Civil Veterinary Department Bihar & Orissa reports 1911-21 - 1911-1921
Year: 1911
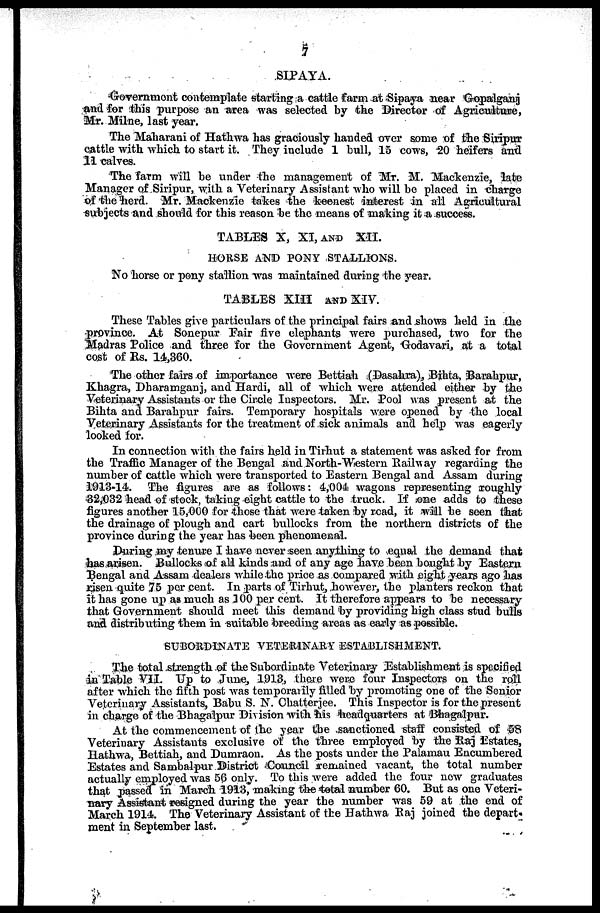
7
SIPAYA.
Government contemplate starting a cattle farm at Sipaya near Gopalganj
and for this purpose an area was selected by the Director of Agriculture,
Mr. Milne, last year.
The Maharani of Hathwa has graciously handed oyer some of the Siripur
cattle with which to start it. They include 1 hull, 15 cows, 20 heifers and
11 calves.
The farm will be under the management of Mr. M. Mackenzie, late
Manager of Siripur, with a Veterinary Assistant who will be placed in charge
of the herd. Mr. Mackenzie takes the keenest interest in all Agricultural
subjects and should for this reason be the means of making it a success.
TABLES X, XI, AND XII.
HOUSE AND PONY STALLIONS.
No horse or pony stallion was maintained during the year.
TABLES XIII AND XIV.
These Tables give particulars of the principal fairs and shows held in the
province. At Sonepur Fair five elephants were purchased, two for the
Madras Police and three for the Government Agent, Godavari, at a total
cost of Rs. 14,360.
The other fairs of importance were Bettiah (Dasahra), Bihta, Barahpur,
Khagra, Dharamganj, and Hardi, all of which were attended either by the
Veterinary Assistants or the Circle Inspectors. Mr. Pool was present at the
Bihta and Barahpur fairs. Temporary hospitals were opened by the local
Veterinary Assistants for the treatment of sick animals and help was eagerly
looked for.
In connection with the fairs held in Tirhut a statement was asked for from
the Traffic Manager of the Bengal and North-Western Railway regarding the
number of cattle which were transported to Eastern Bengal and Assam during
1913-14. The figures are as follows: 4,004 wagons representing roughly
32,032 head of stock, taking eight cattle to the truck. If one adds to these
figures another 15,000 for those that were taken by road, it will be seen that
the drainage of plough and cart bullocks from the northern districts of the
province during the year has been phenomenal.
During my tenure I have never seen anything to equal the demand that
has arisen. Bullocks of all kinds and of any age have been bought by Eastern
Bengal and Assam dealers while the price as compared with eight years ago has
risen quite 75 per cent. In parts of Tirhut, however, the planters reckon that
it has gone up as much as 100 per cent. It therefore appears to be necessary
that Government should meet this demand by providing high class stud bulls
and distributing them in suitable breeding areas as early as possible.
SUBORDINATE VETERINARY ESTABLISHMENT.
The total strength of the Subordinate Veterinary Establishment is specified
in Table VII. Up to June, 1913, there were four Inspectors on the roll
after which the fifth post was temporarily filled by promoting one of the Senior
Veterinary Assistants, Babu S. N. Chatterjee. This Inspector is for the present
in charge of the Bhagalpur Division with his headquarters at Bhagalpur.
At the commencement of the year the sanctioned staff consisted of 58
Veterinary Assistants exclusive of the three employed by the Raj Estates,
Hathwa, Bettiah, and Dumraon. As the posts under the Palamau Encumbered
Estates and Sambalpur District Council remained vacant, the total number
actually employed was 56 only. To this were added the four new graduates
that passed in March 1913, making the total number 60. But as one Veteri-
nary Assistant resigned during the year the number was 59 at the end of
March 1914. The Veterinary Assistant of the Hathwa Raj joined the depart-
ment in September last.